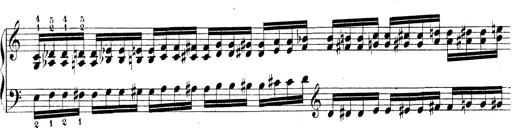
Title: Technische Studien
Composer: Franz Liszt